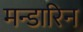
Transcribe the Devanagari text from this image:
मन्डारिन